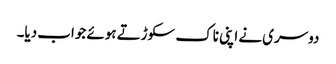
دوسری نے اپنی ناک سکوڑتے ہوئے جواب دیا۔